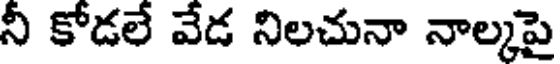
నీ కోడలే వేడ నిలచునా నాల్కపై